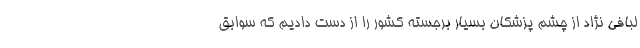
لبافی نژاد از چشم پزشکان بسیار برجسته کشور را از دست دادیم که سوابق